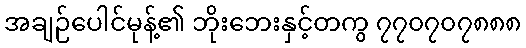
အချဉ်ပေါင်မုန့်၏ ဘိုးဘေးနှင့်တကွ ၇၇၀၇၀၇၈၈၈